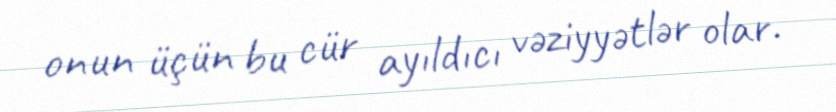
onun üçün bu cür ayıldıcı vəziyyətlər olar.